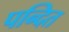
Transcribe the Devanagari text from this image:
पन्दित